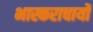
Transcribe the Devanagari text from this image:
भास्कराचार्यो